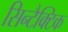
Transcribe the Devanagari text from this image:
सिन्टैक्टिक